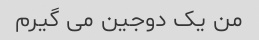
من یک دوجین می گیرم